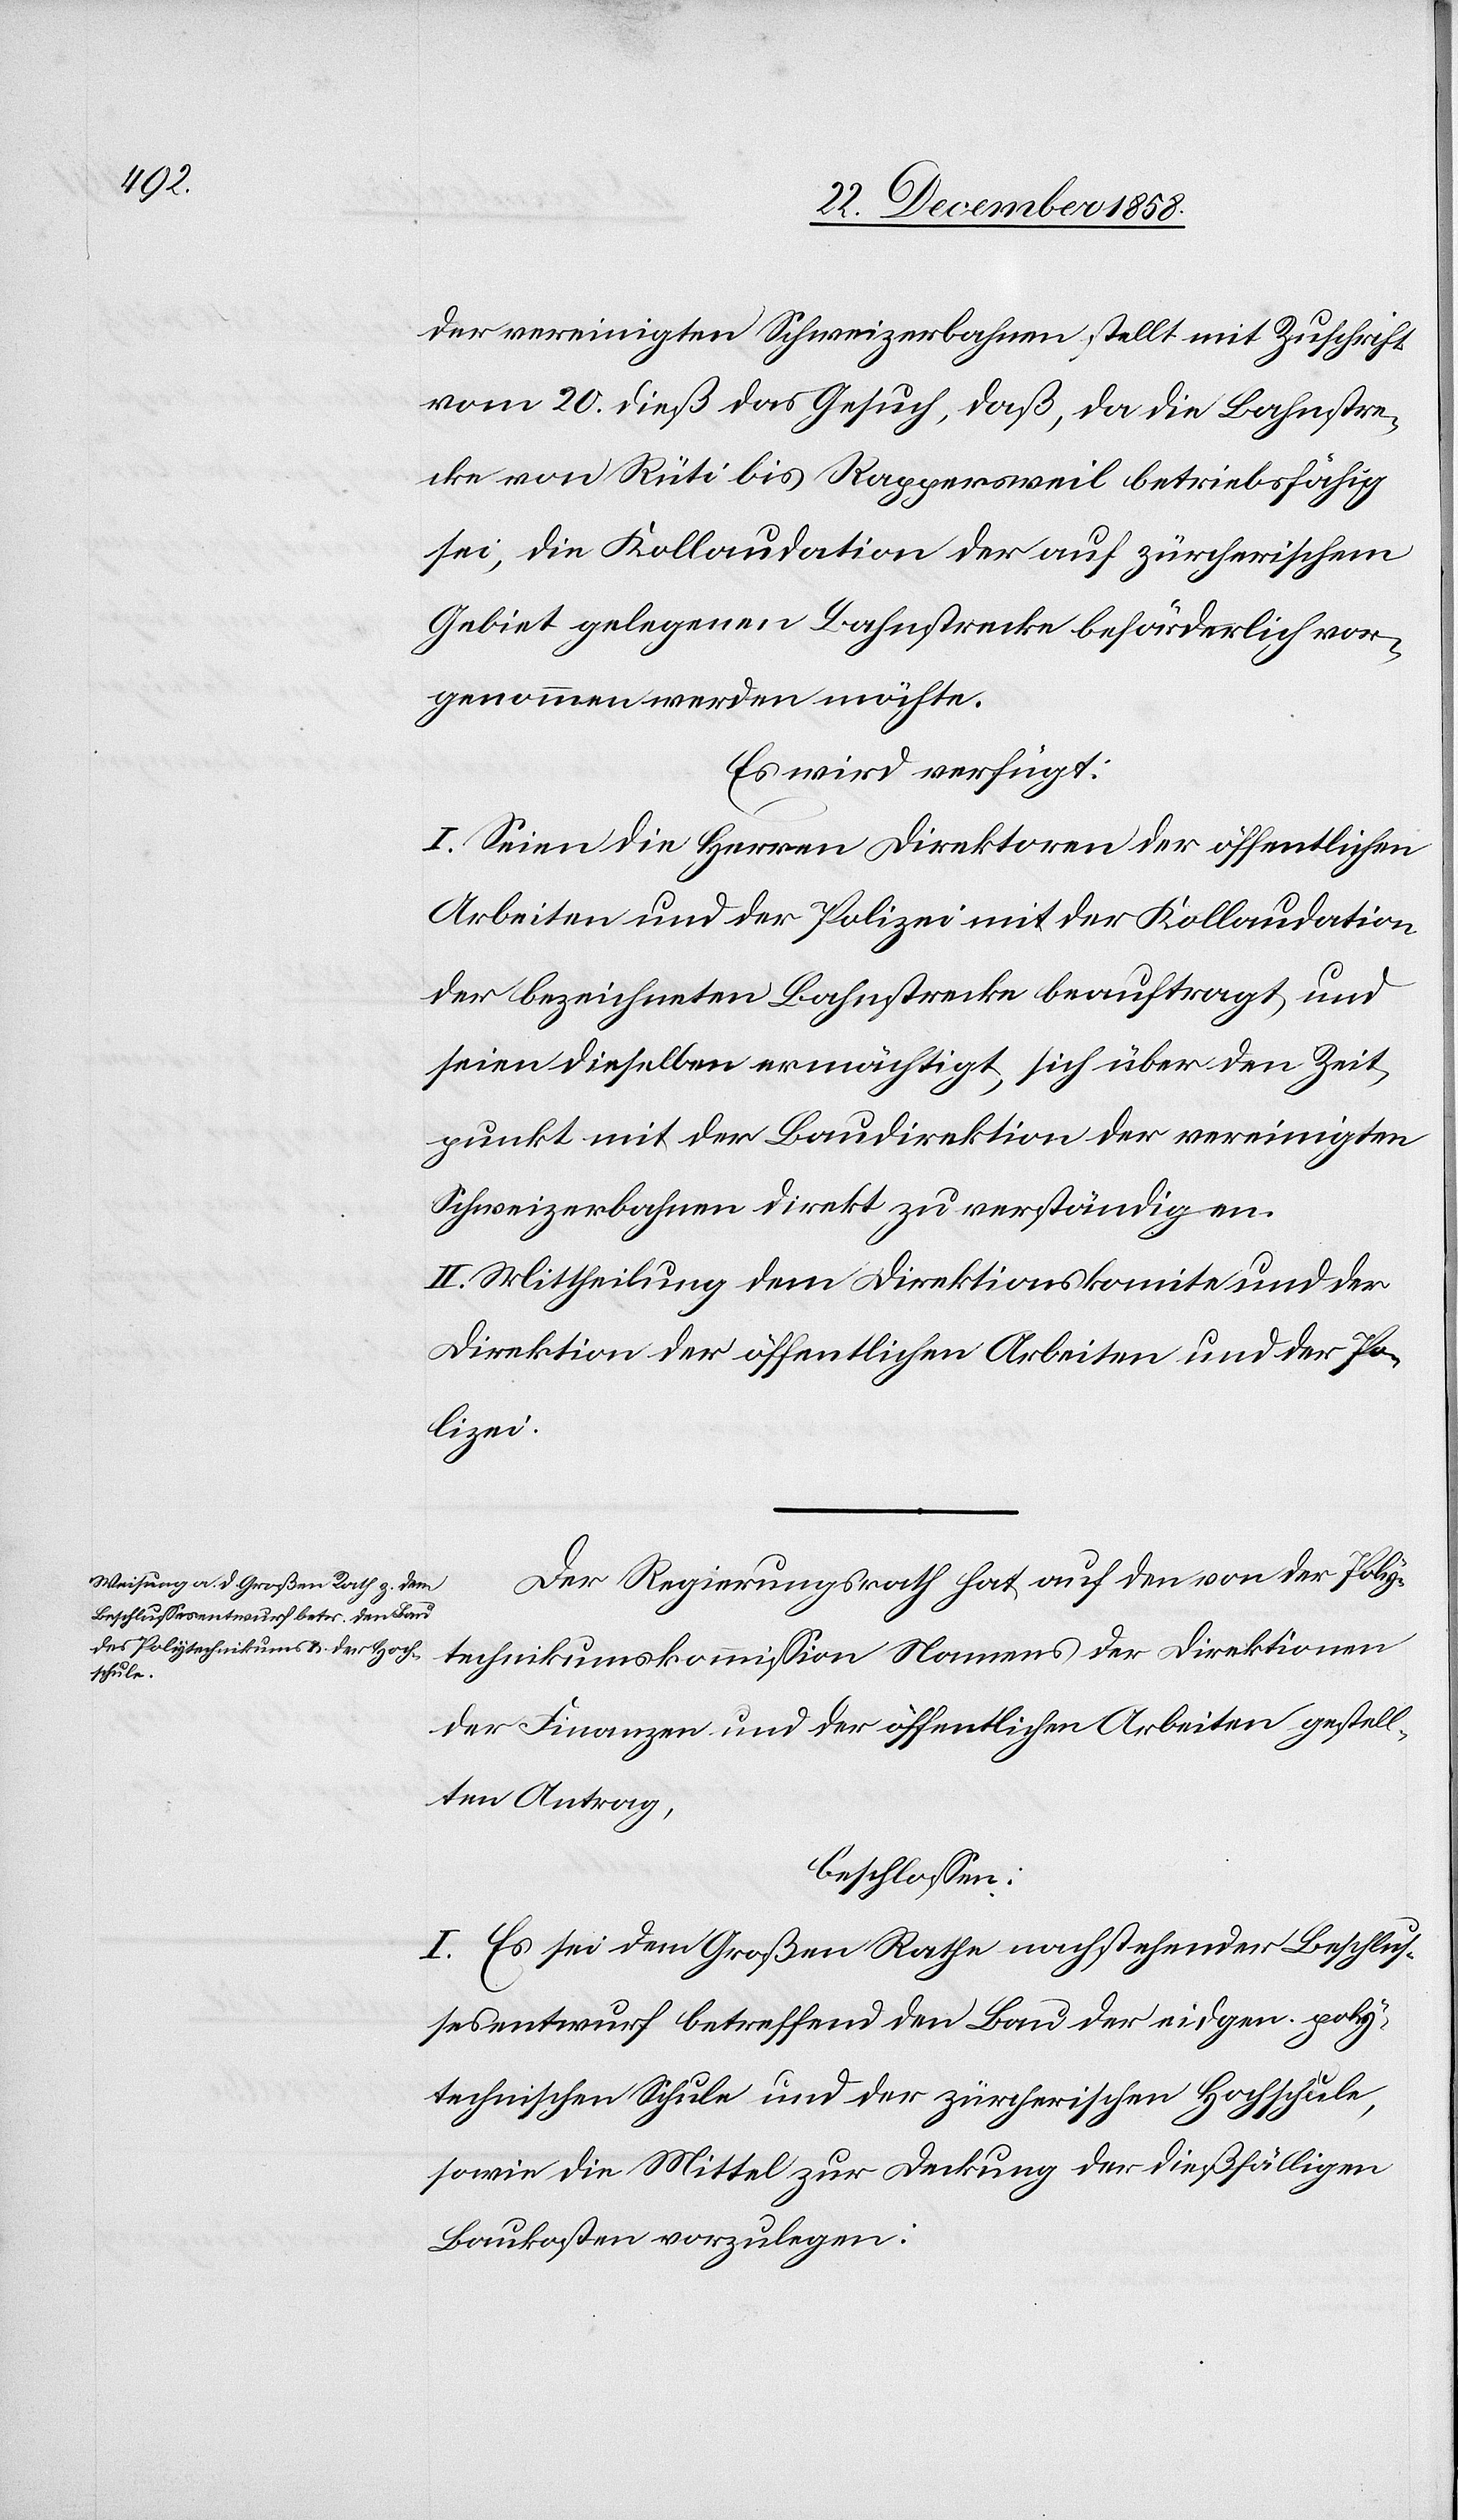
der vereinigten Schweizerbahnen stellt mit Zuschrift
vom 20. dieß das Gesuch, daß, da die Bahnstre¬
cke von Rüti bis Rappersweil betriebsfähig
sei, die Kollaudation der auf zürcherischem
Gebiet gelegenen Bahnstrecke beförderlich vor¬
genommen werden möchte.
Es wird verfügt:
I. Seien die Herren Direktoren der öffentlichen
Arbeiten und der Polizei mit der Kollaudation
der bezeichneten Bahnstrecke beauftragt und
seien dieselben ermächtigt, sich über den Zeit¬
punkt mit der Baudirektion der vereinigten
Schweizerbahnen direkt zu verständigen.
II. Mittheilung dem Direktionskomite und der
Direktion der öffentlichen Arbeiten und der Po¬
lizei.
Der Regierungsrath hat auf den von der Poly¬
technikumskommission Namens der Direktionen
der Finanzen und der öffentlichen Arbeiten gestell¬
ten Antrag,
beschlossen:
I. Es sei dem Großen Rathe nachstehender Beschlus¬
sesentwurf betreffend den Bau der eidgen. poly¬
technischen Schule und der zürcherischen Hochschule,
sowie die Mittel zur Deckung der dießfälligen
Baukosten vorzulegen: